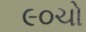
૯૦ચો